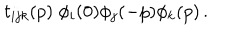
LaTeX: t _ { i j k } ( p ) \; \phi _ { i } ( 0 ) \phi _ { j } ( - p ) \phi _ { k } ( p ) \, .